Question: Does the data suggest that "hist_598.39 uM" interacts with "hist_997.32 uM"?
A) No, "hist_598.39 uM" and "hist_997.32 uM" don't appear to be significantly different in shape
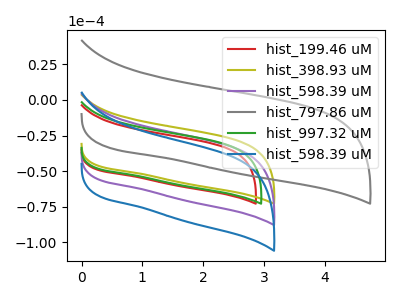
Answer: <think>The red curve "hist_199.46 uM" has no peaks. The olive curve "hist_398.93 uM" has no peaks. The purple curve "hist_598.39 uM" has no peaks. The gray curve "hist_797.86 uM" has no peaks. The green curve "hist_997.32 uM" has no peaks. The blue curve "hist_598.39 uM" has no peaks.
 Neither "hist_598.39 uM" or "hist_997.32 uM" have any peaks.</think>
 <answer>A) No, "hist_598.39 uM" and "hist_997.32 uM" don't appear to be significantly different in shape</answer>
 <eval>A</eval>